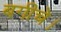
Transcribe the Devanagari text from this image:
बगीचे।